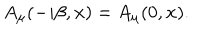
A _ { \mu } ( - i \beta , { \bf x } ) = A _ { \mu } ( 0 , { \bf x } ) .